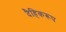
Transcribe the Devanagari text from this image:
दैहिकरूप